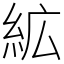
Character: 絋